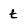
Character: t